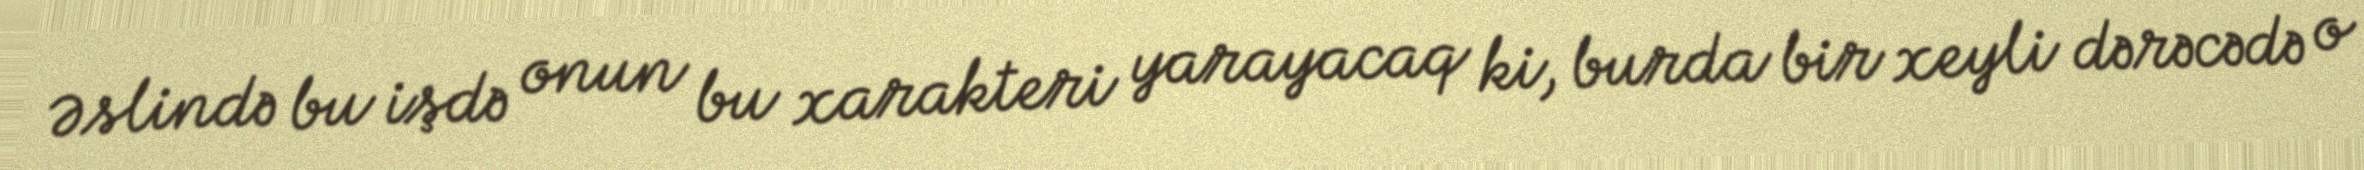
Əslində bu işdə onun bu xarakteri yarayacaq ki, burda bir xeyli dərəcədə o